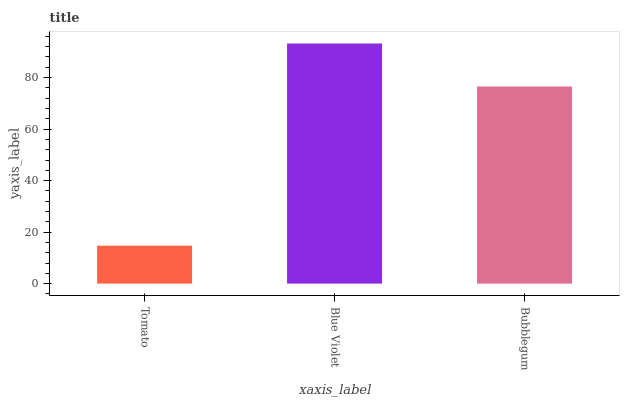
| xaxis_label | bars |
 | --- | --- |
 | Tomato | 14.7 |
 | Blue Violet | 93.2 |
 | Bubblegum | 76.5 |